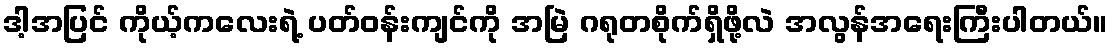
ဒါ့အပြင် ကိုယ့်ကလေးရဲ့ ပတ်ဝန်းကျင်ကို အမြဲ ဂရုတစိုက်ရှိဖို့လဲ အလွန်အရေးကြီးပါတယ်။